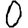
Digit: 0